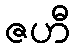
ဇဟီ